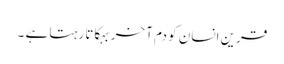
قرین انسان کو دم آخر بہکاتا رہتا ہے ۔